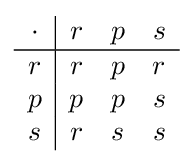
{\begin{array}{c|ccc}\cdot &r&p&s\\\hline r&r&p&r\\p&p&p&s\\s&r&s&s\end{array}}